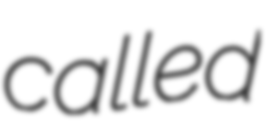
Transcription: called